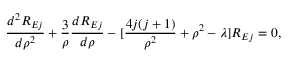
\frac { d ^ { 2 } R _ { E j } } { d \rho ^ { 2 } } + \frac { 3 } { \rho } \frac { d R _ { E j } } { d \rho } - [ \frac { 4 j ( j + 1 ) } { \rho ^ { 2 } } + \rho ^ { 2 } - \lambda ] R _ { E j } = 0 ,